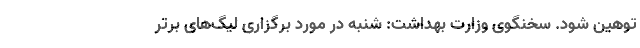
توهین شود. سخنگوی وزارت بهداشت: شنبه در مورد برگزاری لیگ‌های برتر